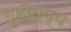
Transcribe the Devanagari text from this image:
गृहीतव्य